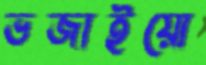
ভজাইয়ো